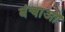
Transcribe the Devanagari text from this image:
बंचाओ